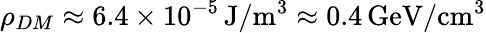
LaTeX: \rho_{DM}\approx 6.4\times 10^{-5}\, \textrm{J}/\textrm{m}^{3}\approx 0.4\, \textrm{GeV}/\textrm{cm}^{3}